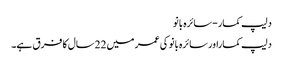
دلیپ کمار-سائرہ بانو
دلیپ کماراورسائرہ بانو کی عمر میں 22سال کا فرق ہے۔